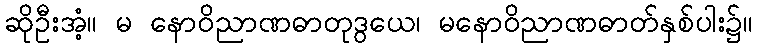
ဆိုဦးအံ့။ မ နောဝိညာဏဓာတုဒွယေ၊ မနောဝိညာဏဓာတ်နှစ်ပါး၌။